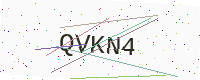
Text: QVKN4